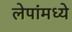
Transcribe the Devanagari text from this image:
लेपांमध्ये